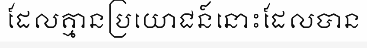
ដែលគ្មានប្រយោជន៍នោះដែលបាន